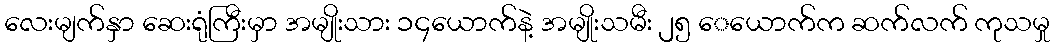
လေးမျက်နှာ ဆေးရုံကြီးမှာ အမျိုးသား ၁၄ယောက်နဲ့ အမျိုးသမီး ၂၅ ေယောက်က ဆက်လက် ကုသမှု